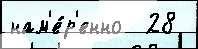
нам'е́р'енно  28